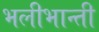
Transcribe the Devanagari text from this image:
भलीभान्ती